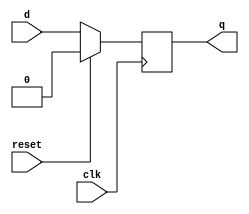
module d_ff_sync_reset (
    input wire d,
    input wire clk,
    input wire reset,
    output reg q
);

always @(posedge clk) begin
    if (reset == 1'b1) begin
        q <= 1'b0;
    end else begin
         q <= d;
    end
end

endmodule